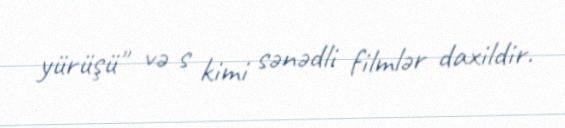
yürüşü" və s kimi sənədli filmlər daxildir.